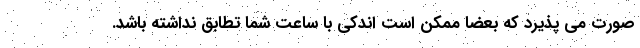
صورت می پذیرد که بعضاً ممکن است اندکی با ساعت شما تطابق نداشته باشد.